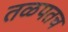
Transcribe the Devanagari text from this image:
तळपतच